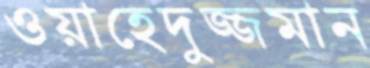
ওয়াহেদুজ্জমান